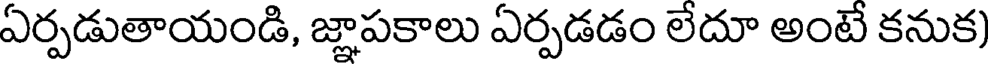
ఏర్పడుతాయండి, జ్ఞాపకాలు ఏర్పడడం లేదూ అంటే కనుక)